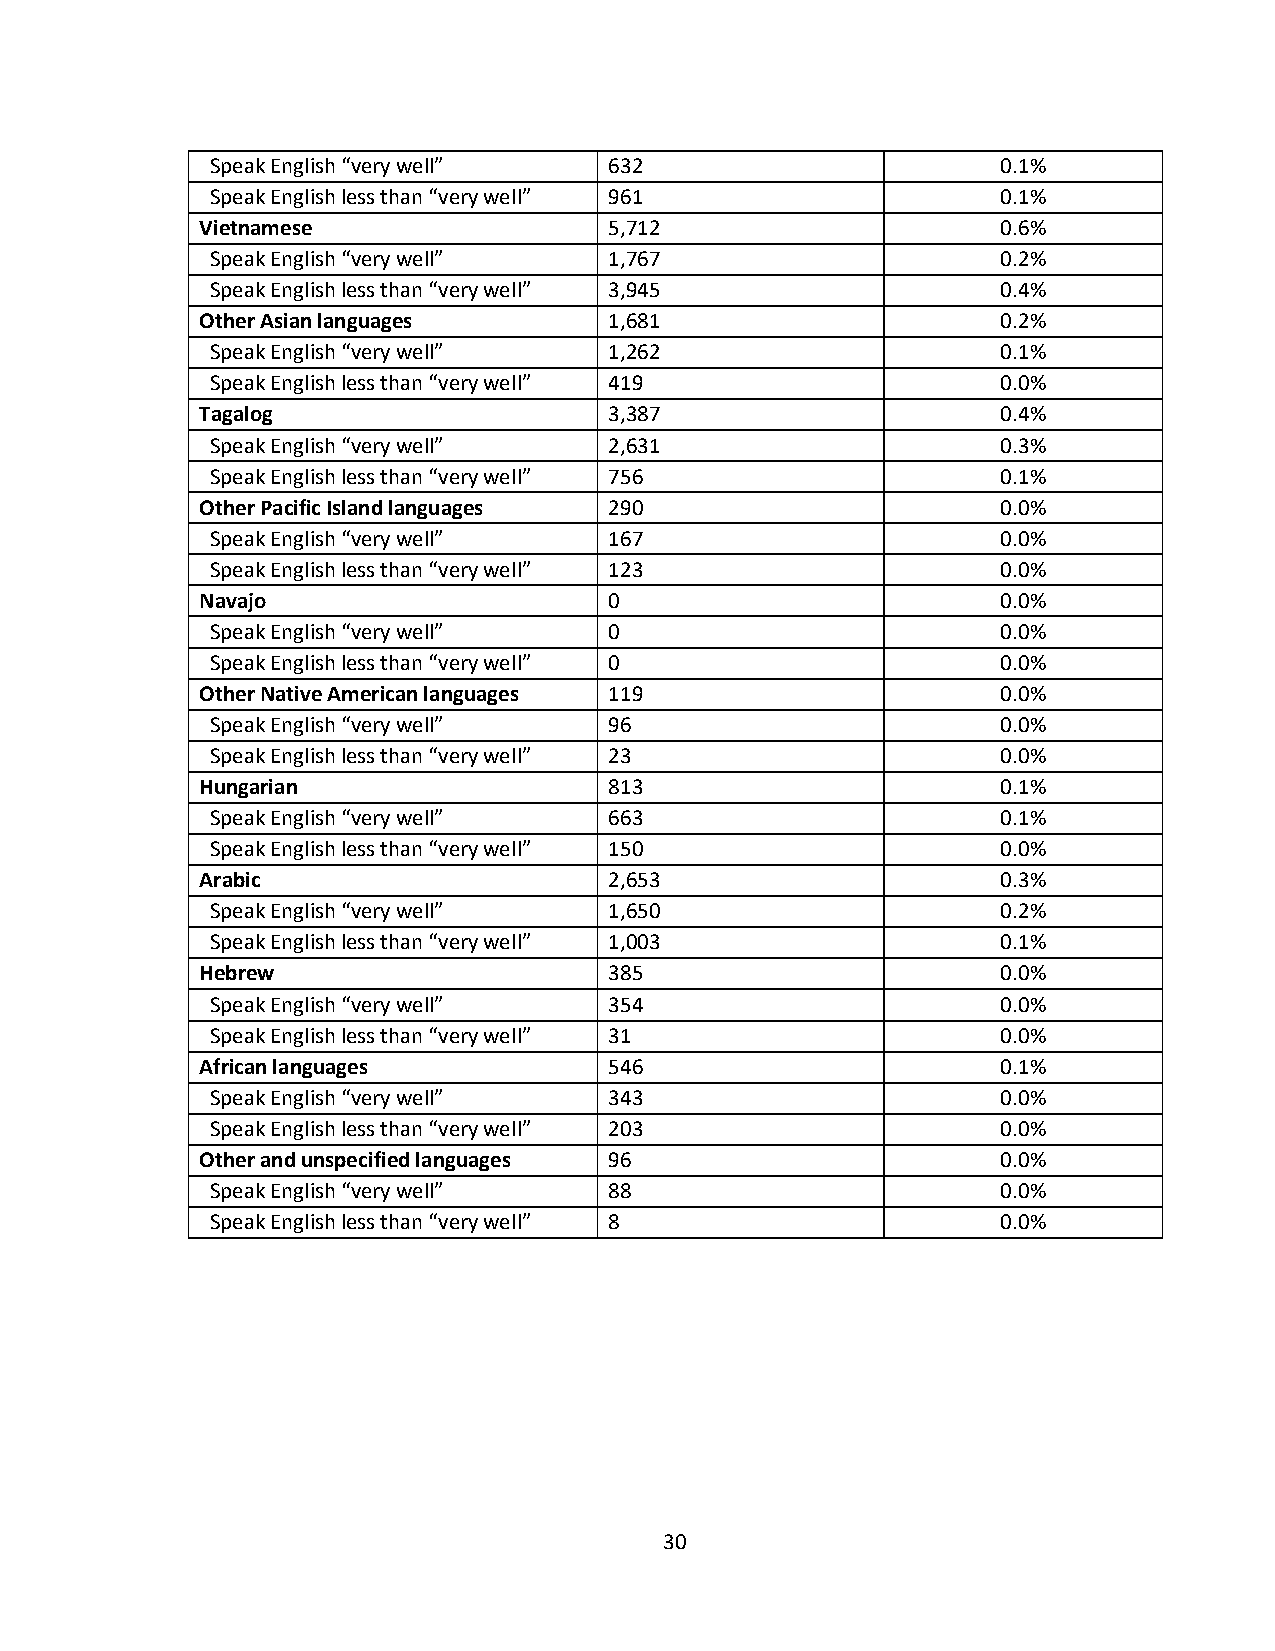
Speak English “very well” 632                       0.1%
 Speak English less than “very well” 961             0.1%
 Vietnamese                 5,712                     0.6%
 Speak English “very well” 1,767                     0.2%
 Speak English less than “very well” 3,945           0.4%
 Other Asian languages      1,681                     0.2%
 Speak English “very well” 1,262                     0.1%
 Speak English less than “very well” 419             0.0%
 Tagalog                    3,387                     0.4%
 Speak English “very well” 2,631                     0.3%
 Speak English less than “very well” 756             0.1%
 Other Pacific Island languages 290                   0.0%
 Speak English “very well” 167                       0.0%
 Speak English less than “very well” 123             0.0%
 Navajo                     0                         0.0%
 Speak English “very well” 0                         0.0%
 Speak English less than “very well” 0               0.0%
 Other Native American languages 119                  0.0%
 Speak English “very well” 96                        0.0%
 Speak English less than “very well” 23              0.0%
 Hungarian                  813                       0.1%
 Speak English “very well” 663                       0.1%
 Speak English less than “very well” 150             0.0%
 Arabic                     2,653                     0.3%
 Speak English “very well” 1,650                     0.2%
 Speak English less than “very well” 1,003           0.1%
 Hebrew                     385                       0.0%
 Speak English “very well” 354                       0.0%
 Speak English less than “very well” 31              0.0%
 African languages          546                       0.1%
 Speak English “very well” 343                       0.0%
 Speak English less than “very well” 203             0.0%
 Other and unspecified languages 96                   0.0%
 Speak English “very well” 88                        0.0%
 Speak English less than “very well” 8               0.0%
 30